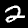
Digit: 2